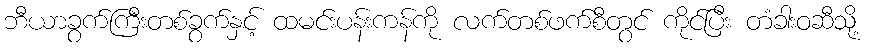
ဘီယာခွက်ကြီးတစ်ခွက်နှင့် ထမင်းပန်းကန်ကို လက်တစ်ဖက်စီတွင် ကိုင်ပြီး တံခါးဝဆီသို့